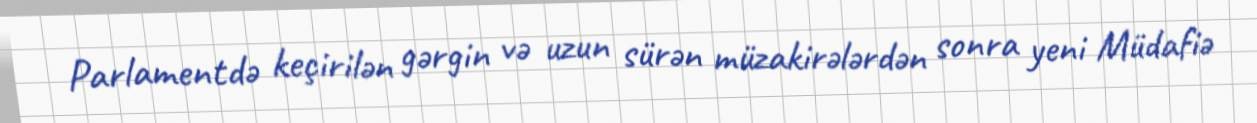
Parlamentdə keçirilən gərgin və uzun sürən müzakirələrdən sonra yeni Müdafiə